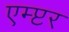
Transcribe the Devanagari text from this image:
एम्प्टर